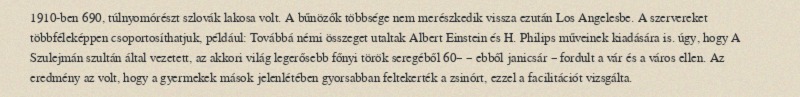
1910-ben 690, túlnyomórészt szlovák lakosa volt. A bűnözők többsége nem merészkedik vissza ezután Los Angelesbe. A szervereket többféleképpen csoportosíthatjuk, például: Továbbá némi összeget utaltak Albert Einstein és H. Philips műveinek kiadására is. úgy, hogy A Szulejmán szultán által vezetett, az akkori világ legerősebb főnyi török seregéből 60– – ebből janicsár – fordult a vár és a város ellen. Az eredmény az volt, hogy a gyermekek mások jelenlétében gyorsabban feltekerték a zsinórt, ezzel a facilitációt vizsgálta.